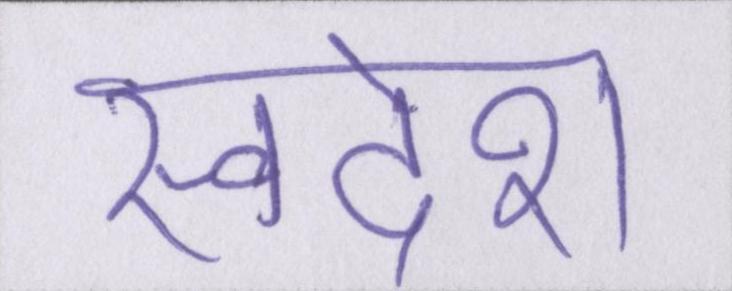
स्वदेश